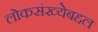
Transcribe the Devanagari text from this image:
लोकसंख्येबद्दल